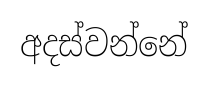
අදස්වන්නේ